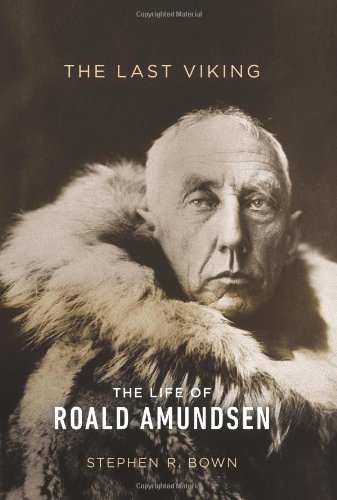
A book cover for The Last Viking: The Life of Roald Amundsen (A Merloyd Lawrence Book); Stephen R. Bown; History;